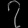
Digit: ၇